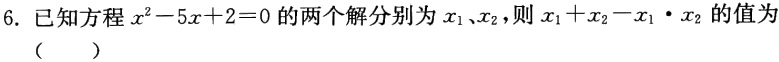
6. 已知方程$x^{2}-5x + 2 = 0$的两个解分别为$x_{1}$、$x_{2}$，则$x_{1}+x_{2}-x_{1}\cdot x_{2}$的值为

（  ）